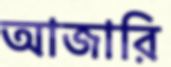
আজারি